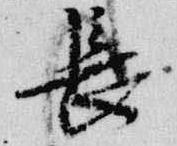
長